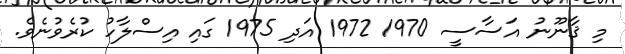
މި ޤާނޫނު އަސާސީ 1970 1972 އަދި 1975 ގައި އިސްލާހު ކުރެވުނެވެ.